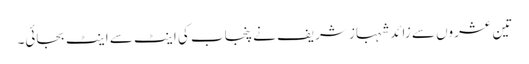
تین عشروں سے زائد شہباز شریف نے پنجاب کی اینٹ سے اینٹ بجائی۔